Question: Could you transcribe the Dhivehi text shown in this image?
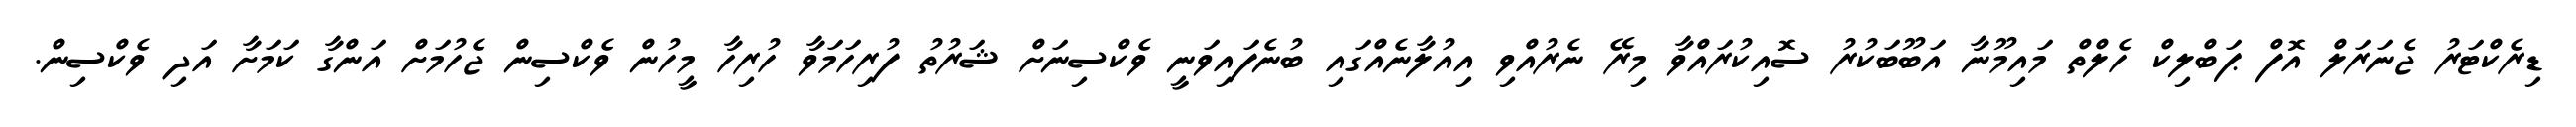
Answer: ޑިރެކްޓަރު ޖެނަރަލް އޮފް ޕަބްލިކް ހެލްތް މައިމޫނާ އަބޫބަކުރު ސޮއިކުރައްވާ މިރޭ ނެރުއްވި އިއުލާނެއްގައި ބުނެފައިވަނީ ވެކްސިނަށް ޝަރުތު ފުރިހަމަވާ ހުރިހާ މީހުން ވެކްސިން ޖެހުމަށް އަންގާ ކަމަށާ އަދި ވެކްސިން.